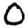
Digit: 0